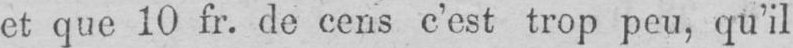
et que 10 fr. de cens c’est trop peu, qu’il